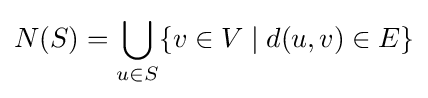
N(S)=\bigcup _{u\in S}\{v\in V\mid d(u,v)\in E\}